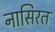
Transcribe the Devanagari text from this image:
नासिरत